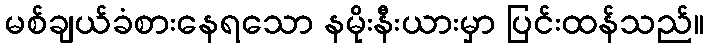
မစ်ချယ်ခံစားနေရသော နမိုးနီးယားမှာ ပြင်းထန်သည်။